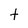
Character: t